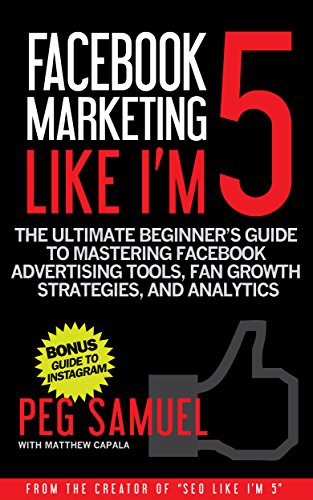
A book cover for Facebook Marketing Like I'm 5: The Ultimate Beginner's Guide to Mastering Facebook Advertising Tools, Fan Growth Strategies, and Analytics; Peg Samuel; Computers & Technology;